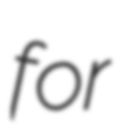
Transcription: for